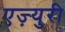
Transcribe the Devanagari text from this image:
एज़्युरी